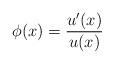
LaTeX: \begin{align*}\phi(x) = \frac{u^\prime(x)}{u(x)}\end{align*}